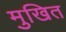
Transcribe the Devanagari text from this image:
मुखित